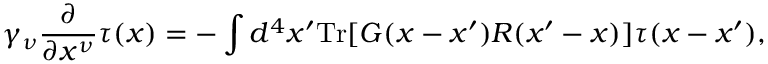
\gamma _ { \nu } \frac { \partial } { \partial x ^ { \nu } } \tau ( x ) = - \int d ^ { 4 } x ^ { \prime } \mathrm { T r } [ G ( x - x ^ { \prime } ) { \cal R } ( x ^ { \prime } - x ) ] \tau ( x - x ^ { \prime } ) ,